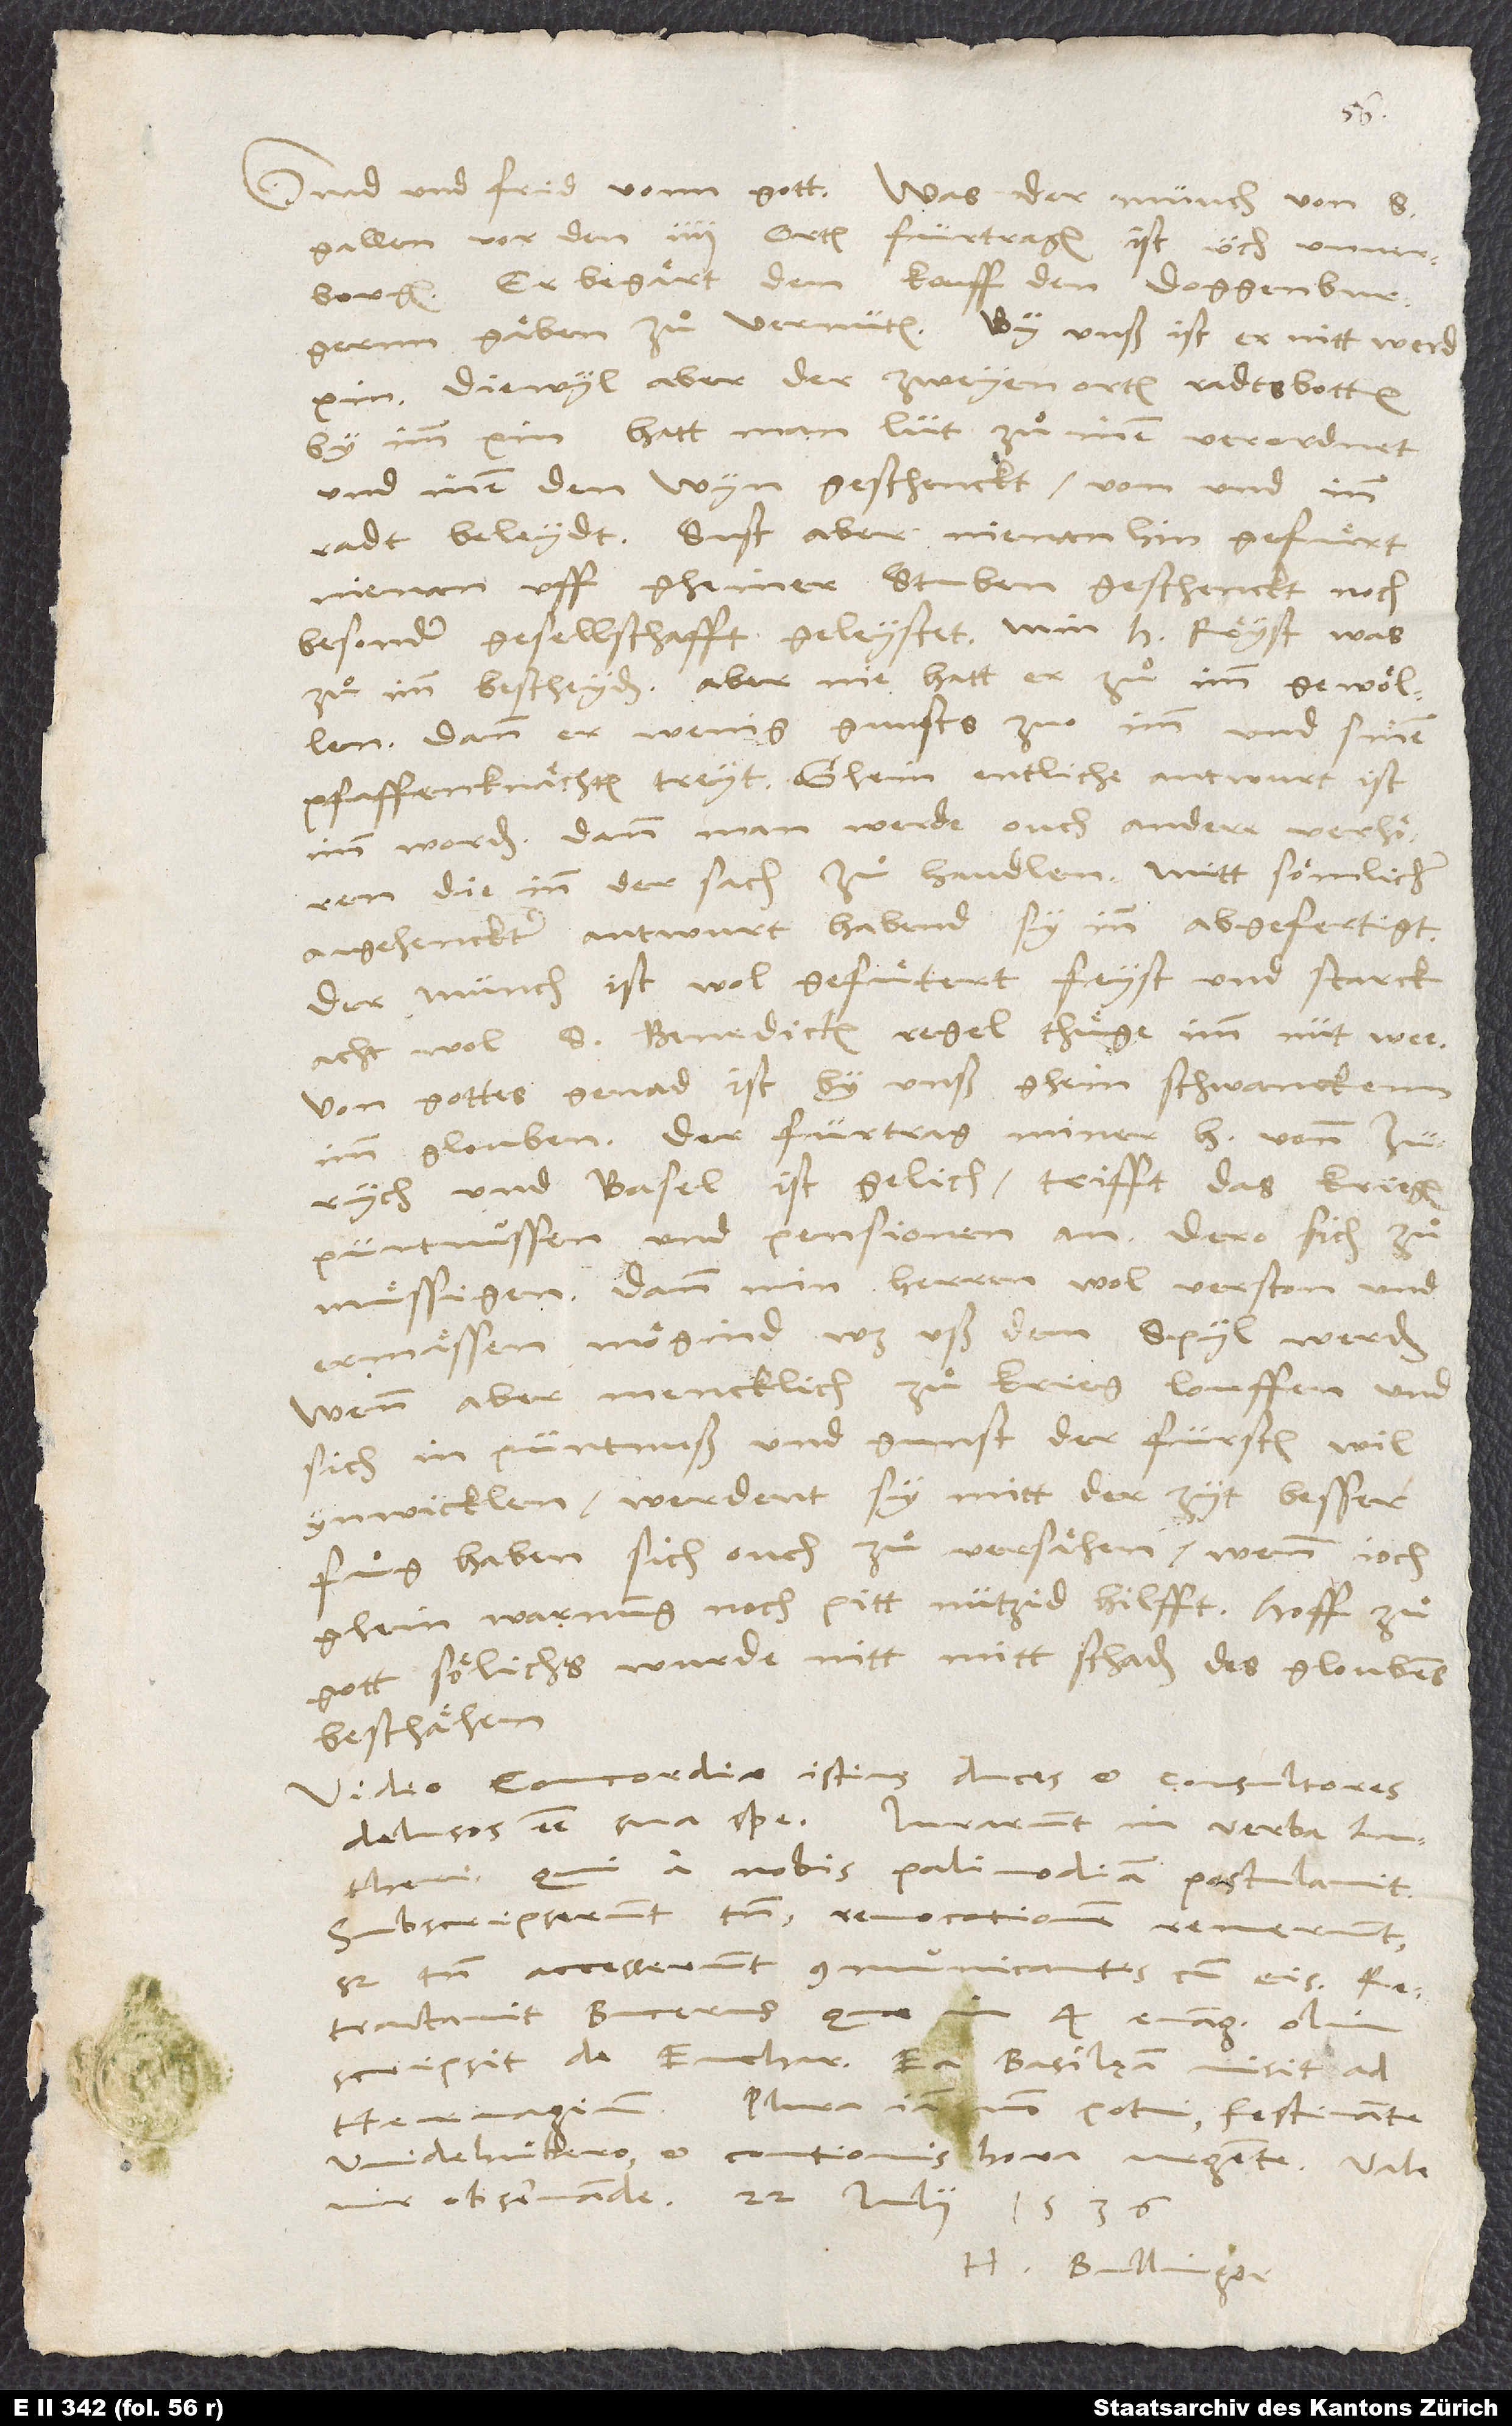
Benedicten regel thuͤge imm nut wee.
Von gottes genad ist by unß ghein schwanckenn
imm glouben. Der fürtrag miner h vonn Zürych
und Basel ist gelich, trifft das kriegen,
püntnussen und pensionen an, dero sich zu
müssigen dann min herren wol verston, und
ermässen mögind, was uß dem spyl werden.
Wenn aber mencklich zu krieg louffen und
sich in püntnuß und gunst der fürsten wit
ynwicklen, werdent sy mitt der zyt besser
fuͦg haben, sich ouch zuͦ versähen, wenn ioch
ghein warnung noch pitt nützid hilfft. Hoff zuͦ
gott, sölichs wurde nitt mitt schaden des gloubens
beschähen.
Video concordiae istius duces et consultores
delusos esse sua spe. Iurarunt in verba Lutheri,
qui a nobis palinodiam postulavit.
Subscripserunt tamen, revocationem renuerunt;
sed tamen accesserunt communicantes cum eis.
Retractavit Bucerus, quae in 4 evangelia olim
scripsit de eucharistia. Ea Basileam misit ad
Widehuͦbero et contionis hora urgente.
H. Bullinger.